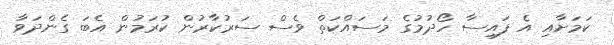
ކަމަށާއި އެ ފައިސާ ހޯދުމުގެ މަސައްކަތް ވެސް ސަރުކާރުން ކުރަމުން އެބަ ގެންދަވާ